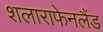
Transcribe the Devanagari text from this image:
शलाराफेनलैंड